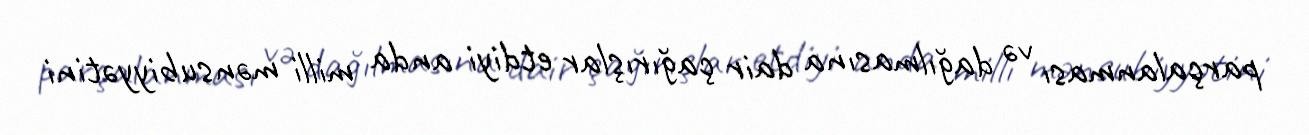
parçalanması və dağılmasına dair çağırışlar etdiyi anda milli mənsubiyyətini